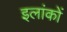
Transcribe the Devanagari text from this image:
इलांकों